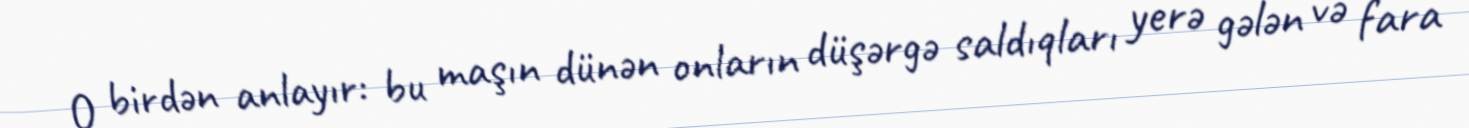
O birdən anlayır: bu maşın dünən onların düşərgə saldıqları yerə gələn və fara